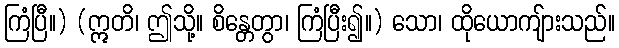
ကြံပြီ။) (ဣတိ၊ ဤသို့။ စိန္တေတွာ၊ ကြံပြီး၍။) သော၊ ထိုယောကျ်ားသည်။